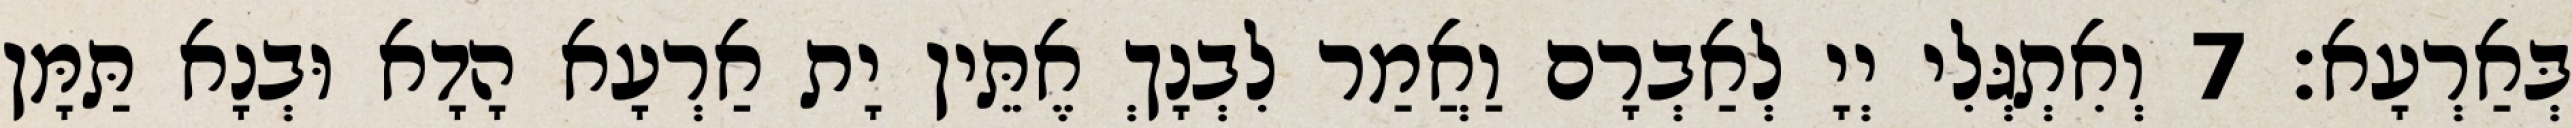
בְּאַרְעָא׃ 7 וְאִתְגְּלִי יְיָ לְאַבְרָם וַאֲמַר לִבְנָךְ אֶתֵּין יָת אַרְעָא הָדָא וּבְנָא תַּמָּן